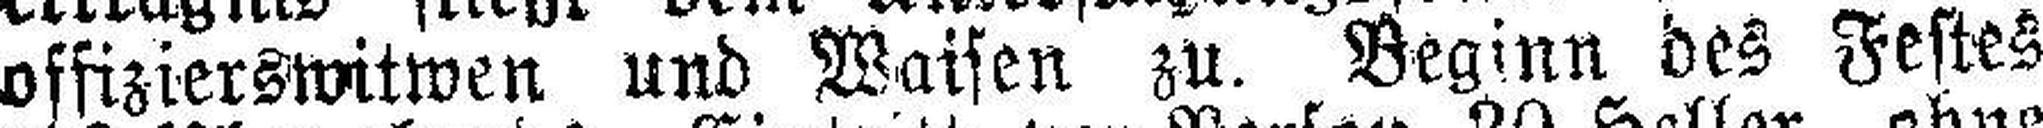
offizierswitwen und Waisen zu. Beginn des Festes